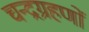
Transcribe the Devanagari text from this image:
चन्द्रग्रहणों